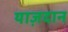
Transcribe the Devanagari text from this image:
याज़दान